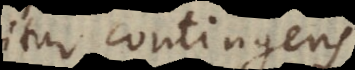
dicitur contingens